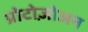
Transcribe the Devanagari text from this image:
प्रोटोज़ोअन